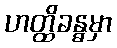
ဟတ္ထိခန္ဓမှာ